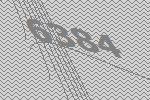
6384